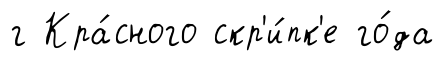
г Кра́сного скр'и́пк'е го́да